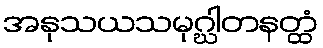
အနုသယသမုဂ္ဃါတနတ္ထံ